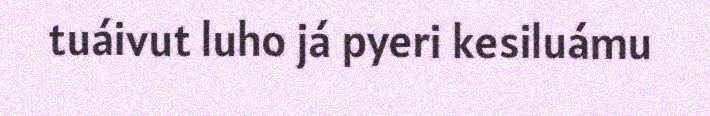
tuáivut luho já pyeri kesiluámu